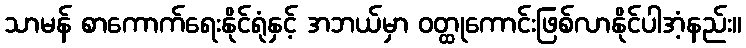
သာမန် စာကောက်ရေးနိုင်ရုံနှင့် အဘယ်မှာ ဝတ္ထုကောင်းဖြစ်လာနိုင်ပါအံ့နည်း။